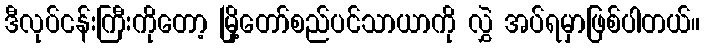
ဒီလုပ်ငန်းကြီးကိုတော့ မြို့တော်စည်ပင်သာယာကို လွှဲ အပ်ရမှာဖြစ်ပါတယ်။